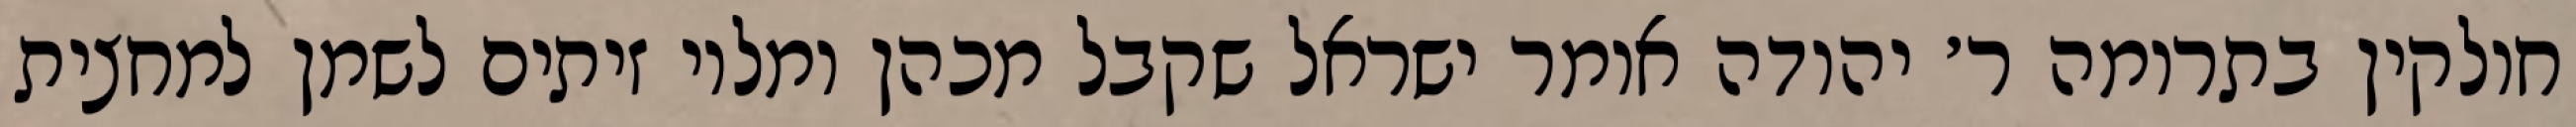
חולקין בתרומה ר׳ יהודה אומר ישראל שקבל מכהן ומלוי זיתים לשמן למחצית